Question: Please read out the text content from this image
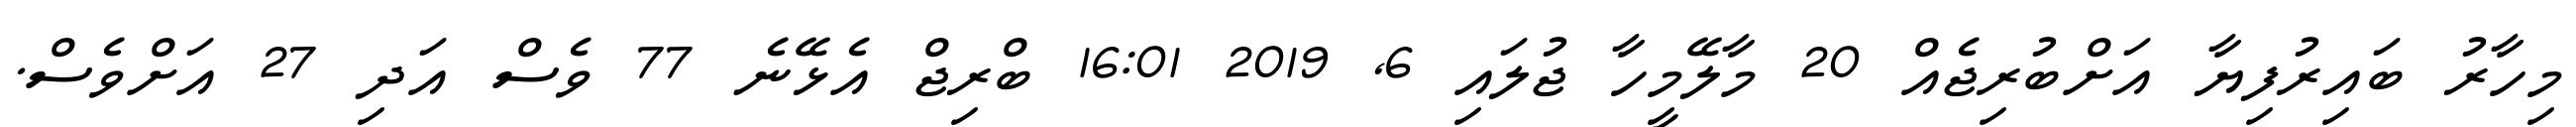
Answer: މިހާރު ބައިރުފިޔާ އަށްބުރިޖެއް 20 މާލޭމީހާ ޖުލައި 6, 2019 16:01 ބްރިޖް އެޅޭނެ 77 ވެސް އަދި 27 އަށްވެސް.